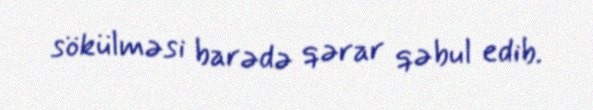
sökülməsi barədə qərar qəbul edib.